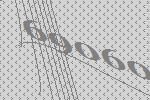
69060